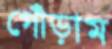
গোঁড়াম